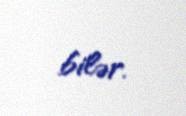
bilər.